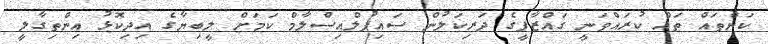
ކަންތައް ތައް ކުރައްވަނީ ގައްޒާފީގެ ދަރިކަލުން ސައިފުލްއިސްލާމް ކަމަށް ލީބިޔާގެ އިދިކޮޅު އިންތިގާލީ